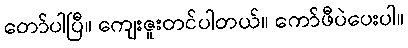
တော်ပါပြီ။ ကျေးဇူးတင်ပါတယ်။ ကော်ဖီပဲပေးပါ။